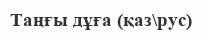
Таңғы дұға (қаз\рус)